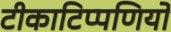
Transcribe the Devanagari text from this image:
टीकाटिप्पणियों